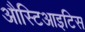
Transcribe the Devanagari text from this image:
औस्टिआइटिस